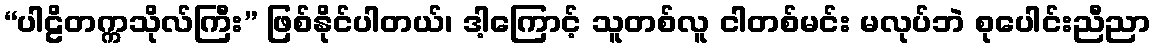
“ပါဠိတက္ကသိုလ်ကြီး” ဖြစ်နိုင်ပါတယ်၊ ဒါ့ကြောင့် သူတစ်လူ ငါတစ်မင်း မလုပ်ဘဲ စုပေါင်းညီညာ